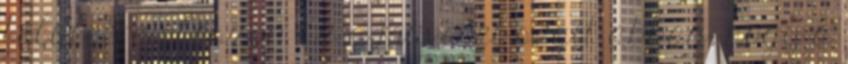
felületre először. Ez a művelet segít abban, hogy a